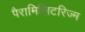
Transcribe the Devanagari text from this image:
पैरामिलिटरिज्म